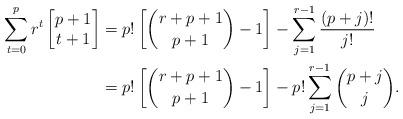
LaTeX: \begin{align*}\sum_{t=0}^{p} r^t \begin{bmatrix} p+1 \\ t+1 \end{bmatrix} & = p! \left[ \binom{r+p+1}{p+1}- 1 \right] - \sum_{j=1}^{r-1} \frac{(p+j)!}{j!} \\& = p! \left[ \binom{r+p+1}{p+1} - 1 \right] - p! \sum_{j=1}^{r-1} \binom{p+j}{j} .\end{align*}